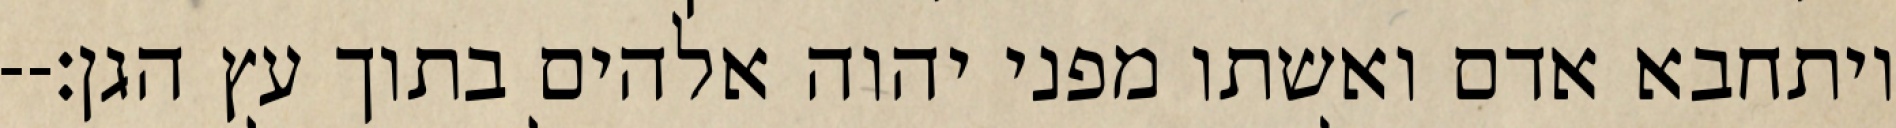
ויתחבא אדם ואשתו מפני יהוה אלהים בתוך עץ הגן׃--